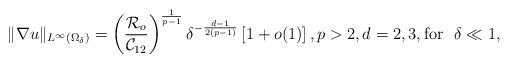
LaTeX: \begin{align*}\|\nabla u\|_{L^\infty(\Omega_\delta)}=\left( \frac{\mathcal{R}_o}{\mathcal{C}_{12}} \right)^{\frac{1}{p-1}} \delta^{-\frac{d-1}{2(p-1)}}\left[1+o(1)\right], p>2, d=2,3, \mbox{for }~\delta\ll 1,\end{align*}